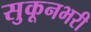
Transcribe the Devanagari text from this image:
सुकूनभरी